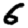
Digit: 6